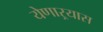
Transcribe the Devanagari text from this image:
येणाऱ्यास